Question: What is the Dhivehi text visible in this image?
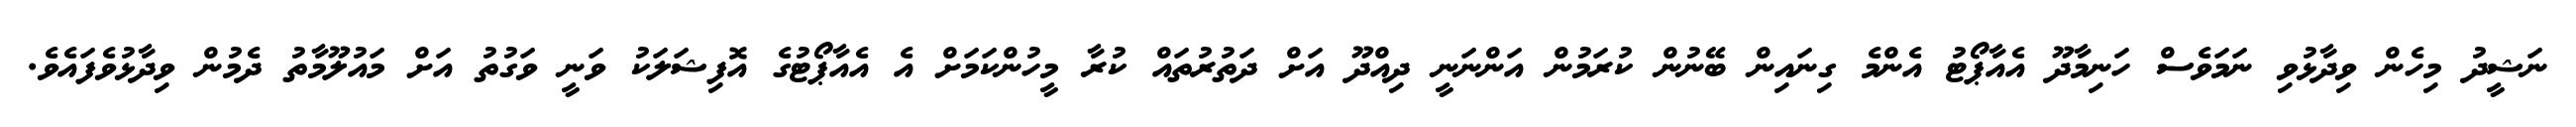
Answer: ނަޝީދު މިހެން ވިދާޅުވި ނަމަވެސް ހަނިމާދޫ އެއާޕޯޓު އެންމެ ގިނައިން ބޭނުން ކުރަމުން އަންނަނީ ދިއްދޫ އަށް ދަތުރުތައް ކުރާ މީހުންކަމަށް އެ އެއާޕޯޓުގެ އޮފިޝަލަކު ވަނީ ވަގުތު އަށް މައުލޫމާތު ދެމުން ވިދާޅުވެފައެވެ.